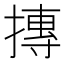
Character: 摶